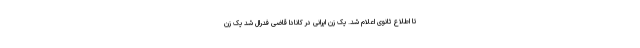
تا اطلاع ثانوی اعلام شد. یک زن ایرانی در کانادا قاضی فدرال شد یک زن